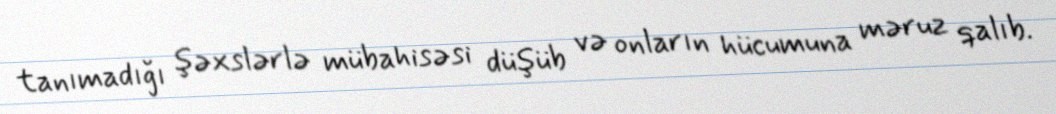
tanımadığı şəxslərlə mübahisəsi düşüb və onların hücumuna məruz qalıb.